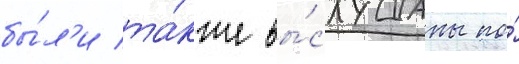
бы́л'и та́кже вы́слушаны по́